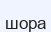
шора